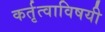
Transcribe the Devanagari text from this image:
कर्तृत्वाविषयी